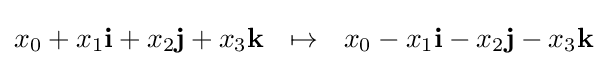
x_{0}+x_{1}\mathbf {i} +x_{2}\mathbf {j} +x_{3}\mathbf {k} \ \ \mapsto \ \ x_{0}-x_{1}\mathbf {i} -x_{2}\mathbf {j} -x_{3}\mathbf {k}